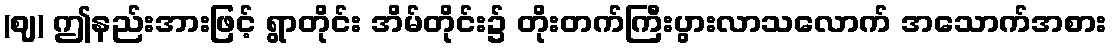
(ဈ) ဤနည်းအားဖြင့် ရွာတိုင်း အိမ်တိုင်း၌ တိုးတက်ကြီးပွားလာသလောက် အသောက်အစား